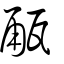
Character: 㼧